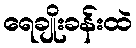
ရေချိုးခန်းထဲ